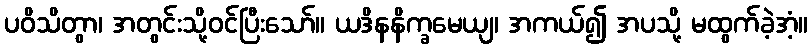
ပဝိသိတွာ၊ အတွင်းသို့ဝင်ပြီးသော်။ ယဒိနနိက္ခမေယျ၊ အကယ်၍ အပသို့ မထွက်ခဲ့အံ့။